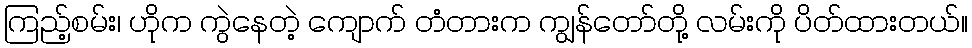
ကြည့်စမ်း၊ ဟိုက ကွဲနေတဲ့ ကျောက် တံတားက ကျွန်တော်တို့ လမ်းကို ပိတ်ထားတယ်။